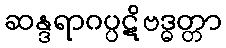
ဆန္ဒရာဂပ္ပဋိဗဒ္ဓတ္တာ